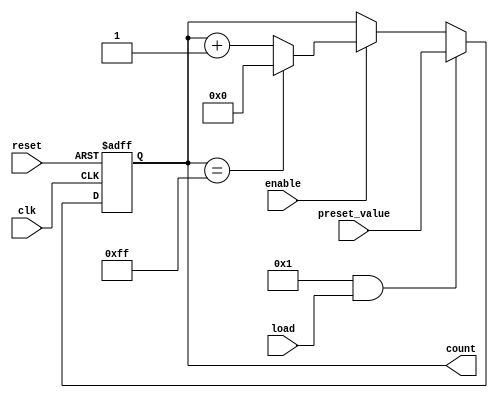
module parameterized_counter #(
    parameter WIDTH = 8,               // Bit-width of the counter
    parameter MAX_COUNT = (1 << WIDTH) - 1, // Maximum count value
    parameter COUNT_DIR = 1,           // 1 for up, 0 for down
    parameter LOAD_ENABLE = 1           // 1 to enable load functionality
)(
    input wire clk,                     // Clock signal
    input wire reset,                   // Active-high reset signal
    input wire load,                    // Active-high load signal
    input wire [WIDTH-1:0] preset_value,// Value to load into the counter
    input wire enable,                  // Enable counting operation
    output reg [WIDTH-1:0] count       // Current counter value
);

    // Counter logic
    always @(posedge clk or posedge reset) begin
        if (reset) begin
            // Reset the counter to zero
            count <= 0;
        end else if (LOAD_ENABLE && load) begin
            // Load the preset value into the counter
            count <= preset_value;
        end else if (enable) begin
            // Counting logic
            if (COUNT_DIR) begin
                // Count up
                if (count == MAX_COUNT) begin
                    count <= 0; // Wrap around
                end else begin
                    count <= count + 1;
                end
            end else begin
                // Count down
                if (count == 0) begin
                    count <= MAX_COUNT; // Wrap around
                end else begin
                    count <= count - 1;
                end
            end
        end
        // If enable is low, hold the current count value
    end

endmodule